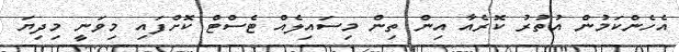
އެހެންކަމުން އުތުރު ކޮރެއާ އިން ތިން މިސައިލެއް ޓެސްޓް ކޮށްފައި މިވަނީ މިދިޔަ